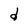
Character: d